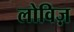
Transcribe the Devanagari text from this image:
लोविज़